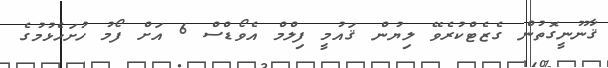
ޤާނޫނީގޮތުން ގެޒެޓްކުރެވޭ ލިޔުން ޤައުމީ ފިލްމް އެވޯޑްސް 6 އަށް ފޯމު ހުށަހެޅުމުގެ